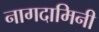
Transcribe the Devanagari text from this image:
नागदामिनी